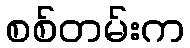
စစ်တမ်းက